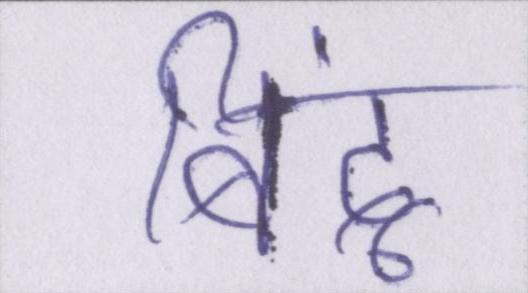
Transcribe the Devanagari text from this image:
बिंदू